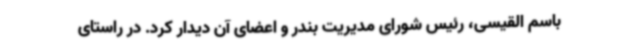
باسم القیسی، رئیس شورای مدیریت بندر و اعضای آن دیدار کرد. در راستای